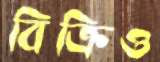
বিক্রিও